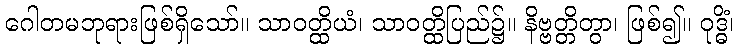
ဂေါတမဘုရားဖြစ်ရှိသော်။ သာဝတ္ထိယံ၊ သာဝတ္ထိပြည်၌။ နိဗ္ဗတ္တိတွာ၊ ဖြစ်၍။ ဝုဒ္ဓိံ၊